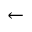
\leftarrow